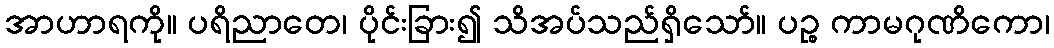
အာဟာရကို။ ပရိညာတေ၊ ပိုင်းခြား၍ သိအပ်သည်ရှိသော်။ ပဉ္စ ကာမဂုဏိကော၊